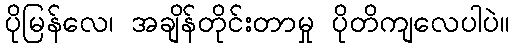
ပိုမြန်လေ၊ အချိန်တိုင်းတာမှု ပိုတိကျလေပါပဲ။